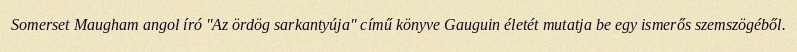
Somerset Maugham angol író "Az ördög sarkantyúja" című könyve Gauguin életét mutatja be egy ismerős szemszögéből.